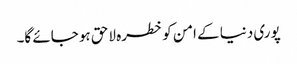
پوری دنیا کے امن کو خطرہ لاحق ہو جائے گا۔